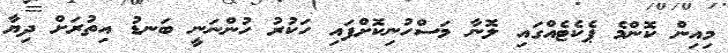
މިއިން ކޮންމެ ޕެކެޓެއްގައި ލޮނާ މަސްހުނިކޮށްފައި ހަކުރު ހުންނަނީ ބަނޑު އިތުރަށް ދިޔާ